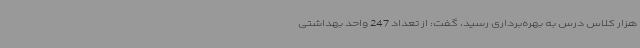
هزار کلاس درس به بهره‌برداری رسید، گفت: از تعداد 247 واحد بهداشتی